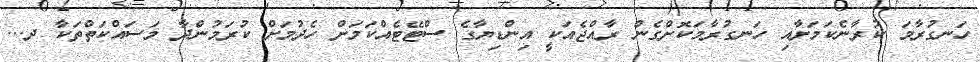
ހަނގުރާމަ ކުރާނެކަމަށާއި ހަނގުރާމަކޮށްގެން ރާއްޖެއަކީ އިންޑިޔާގެ ސްޓޭޓެއްކަމަށް ހެދުމަށް ކުރަމުންދާ މަސައްކަތްތަކާ ދ...